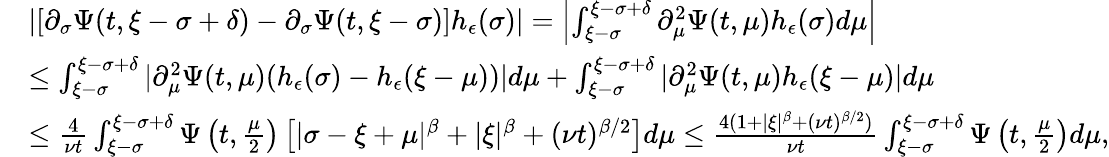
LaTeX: \begin{array}{rl}&{\left|[\partial_{\sigma}\Psi(t,\xi-\sigma+\delta)-\partial_{\sigma}\Psi(t,\xi-\sigma)]h_{\epsilon}(\sigma)\right|=\left|\int_{\xi-\sigma}^{\xi-\sigma+\delta}\partial_{\mu}^{2}\Psi(t,\mu)h_{\epsilon}(\sigma)d\mu\right|}\\ &{\leq\int_{\xi-\sigma}^{\xi-\sigma+\delta}|\partial_{\mu}^{2}\Psi(t,\mu)(h_{\epsilon}(\sigma)-h_{\epsilon}(\xi-\mu))|d\mu+\int_{\xi-\sigma}^{\xi-\sigma+\delta}|\partial_{\mu}^{2}\Psi(t,\mu)h_{\epsilon}(\xi-\mu)|d\mu}\\ &{\leq\frac{4}{\nu t}\int_{\xi-\sigma}^{\xi-\sigma+\delta}\Psi\left(t,\frac{\mu}{2}\right)\left[|\sigma-\xi+\mu|^{\beta}+|\xi|^{\beta}+(\nu t)^{\beta/2}\right]d\mu\leq\frac{4(1+|\xi|^{\beta}+(\nu t)^{\beta/2})}{\nu t}\int_{\xi-\sigma}^{\xi-\sigma+\delta}\Psi\left(t,\frac{\mu}{2}\right)d\mu,}\end{array}